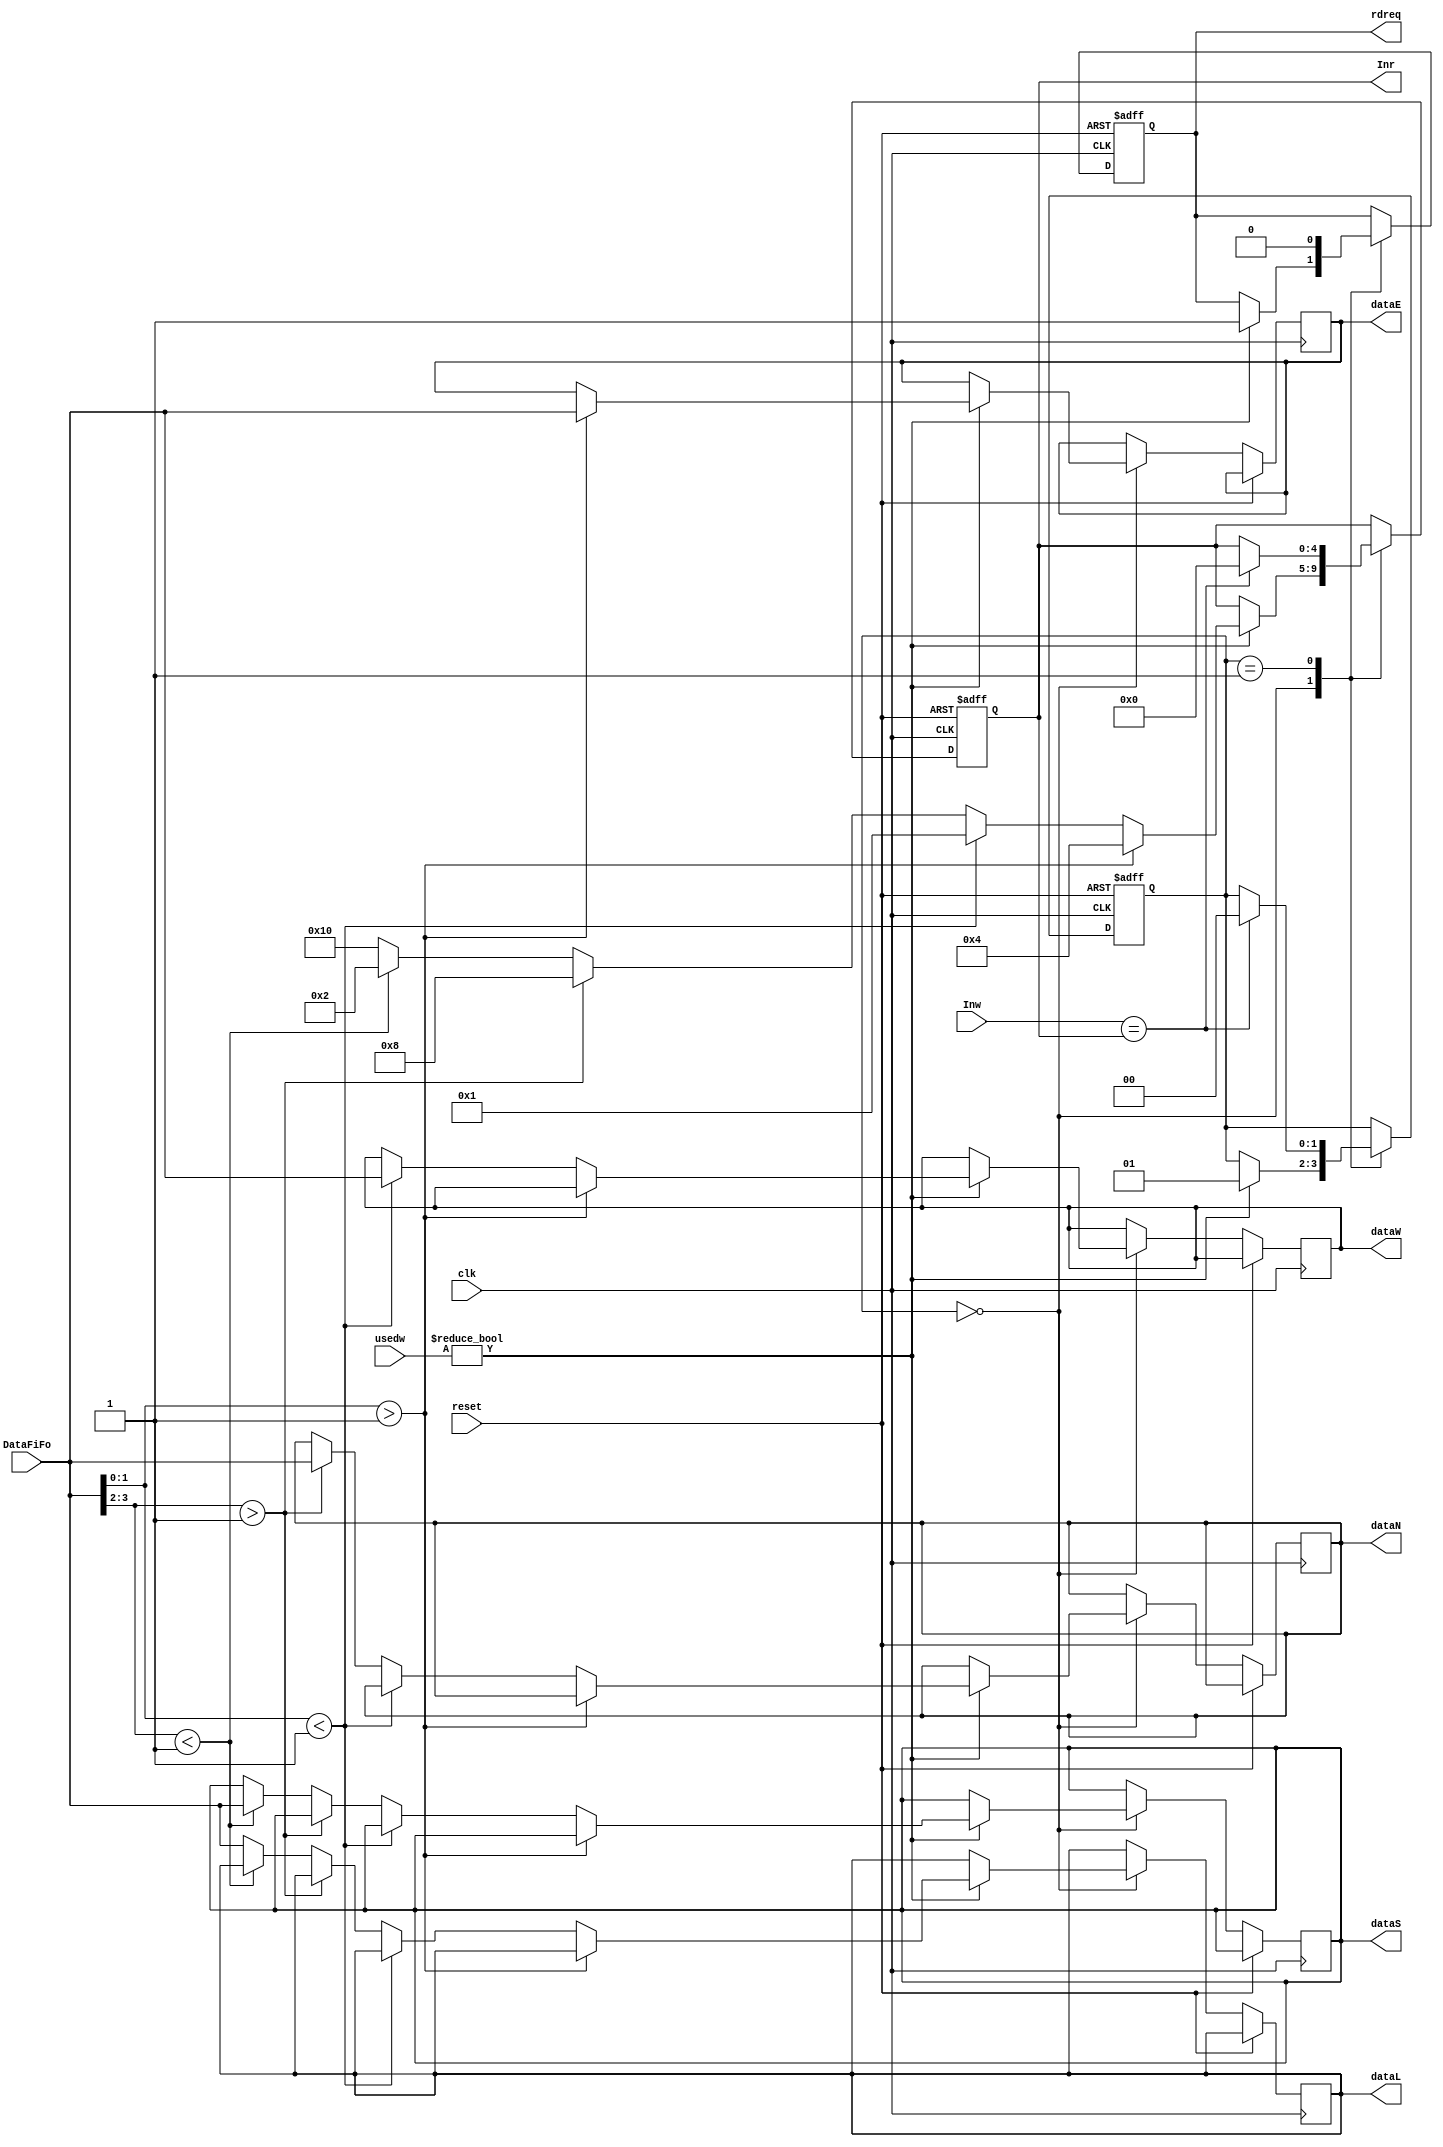
module OutPort (
dataE, 
dataW,
dataS,
dataN,
dataL,
Inr,
Inw,
DataFiFo,
rdreq,
clk,
usedw,
reset
);

`define dlen 8 //packet width
parameter position = 4'b0101; //ctntr X: 01 Y: 01

output [31:0]  dataE, dataW, dataS, dataN, dataL;
input [6:0] usedw;
input reset;
input clk;
//inout InE, InW, InS, InN, InL; 
output [4:0] Inr;
input [4:0] Inw;
//inout [4:0] Inr;
//output WO;
input [31:0] DataFiFo;
output rdreq;
//wire [4:0] Inr;		//??
//reg WO; 
reg rdreq;
reg [31:0]  dataE, dataW, dataS, dataN, dataL;
reg [1:0] step;	/////////!!!!! can be 1 bit!!!
reg [2:0] port;
//reg [4:0] Inr;
reg [4:0] Inr;
//reg [4:0] position;

//assign  Inr = (WO) ? 5'bz : In;
always @(posedge clk or posedge reset)
begin
	if (reset == 1'b1)
        begin
			step<=0;
			port<=0;
			rdreq<=0;
			Inr<=0;
			//position<=pos;
		end
    else
		begin
			case (step)
				
				0:  if (usedw != 0)
							begin
								rdreq<=1;
								//XY routing//
								if (DataFiFo [1:0] > position[1:0]) begin Inr <= 5'b00100; dataE<=DataFiFo; end //Inr ^ 4'b00100; //E
								else if (DataFiFo [1:0] < position[1:0]) begin Inr <= 5'b00001; dataW<=DataFiFo; end //W
								     else if (DataFiFo [3:2] > position[3:2]) begin Inr <= 5'b01000; dataN<=DataFiFo; end //N
								          else if (DataFiFo [3:2] < position[3:2]) begin Inr <= 5'b00010; dataS<=DataFiFo; end //S
											   else begin Inr<=5'b10000; dataL<=DataFiFo; end //L
//								if (DataFiFo [3:0] == position[3:0]) Inr<=4'b10000;
//								else if (DataFiFo [1:0] > position[1:0]) Inr <= 4'b00100;//Inr ^ 4'b00100; //E
//									 else if (DataFiFo [1:0] > position[1:0]) Inr <= 4'b00001; //W
//									      else if (DataFiFo [3:2] > position[3:2]) Inr <= 4'b01000; //N
//									           else if (DataFiFo [3:2] > position[3:2]) Inr <= 4'b00010; //S
								step=1;
							end
				1: 	begin
						rdreq<=0;
						if (Inw == Inr)
							begin
								Inr<=0;
								step=0;
							end
					end
//							case (Inw)
//								4'b10000: dataL<=DataFiFo;
//								4'b01000: dataN<=DataFiFo;
//								4'b00100: dataE<=DataFiFo;
//								4'b00010: dataS<=DataFiFo;
//								4'b00001: dataW<=DataFiFo;
//							endcase
			endcase
		end
end				
endmodule